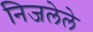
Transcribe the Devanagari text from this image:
निजलेले